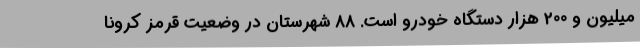
میلیون و 200 هزار دستگاه خودرو است. 88 شهرستان در وضعیت قرمز کرونا